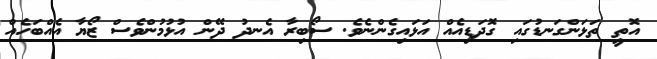
އޮތީ ތަޅަންގަނޑުގައި ގޮދަޑިއެއް އަޅައިގެންނެވެ. ސޯބިރާ އެނދު ދޭން އުޅުމުންވެސް ޒޯޔާ އެއްބަހެއް